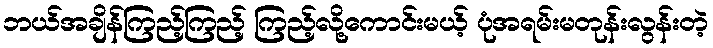
ဘယ်အချိန်ကြည့်ကြည့် ကြည့်လို့ကောင်းမယ့် ပုံအရမ်းမတုန်းလွန်းတဲ့